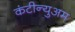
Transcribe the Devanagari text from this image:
कंटीन्युअम